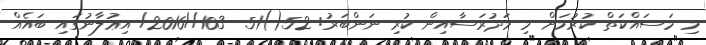
މި މަސައްކަތް ކުރުމަށް މި މަދުރަސާއިން ކުރި ނަންބަރު: 52()51--103//2016/ އިޢުލާނުގައި ބައެއް